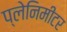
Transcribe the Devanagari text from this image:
प्लेनिमीटर